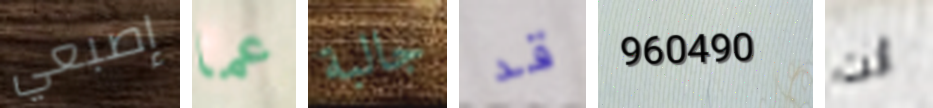
إصبعي عما جالبة قد 960490 أنت